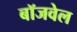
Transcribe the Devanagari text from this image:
बॉजवेल